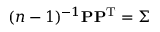
( n - 1 ) ^ { - 1 } \mathbf { P } \mathbf { P } ^ { \mathrm { T } } = \boldsymbol { \Sigma }